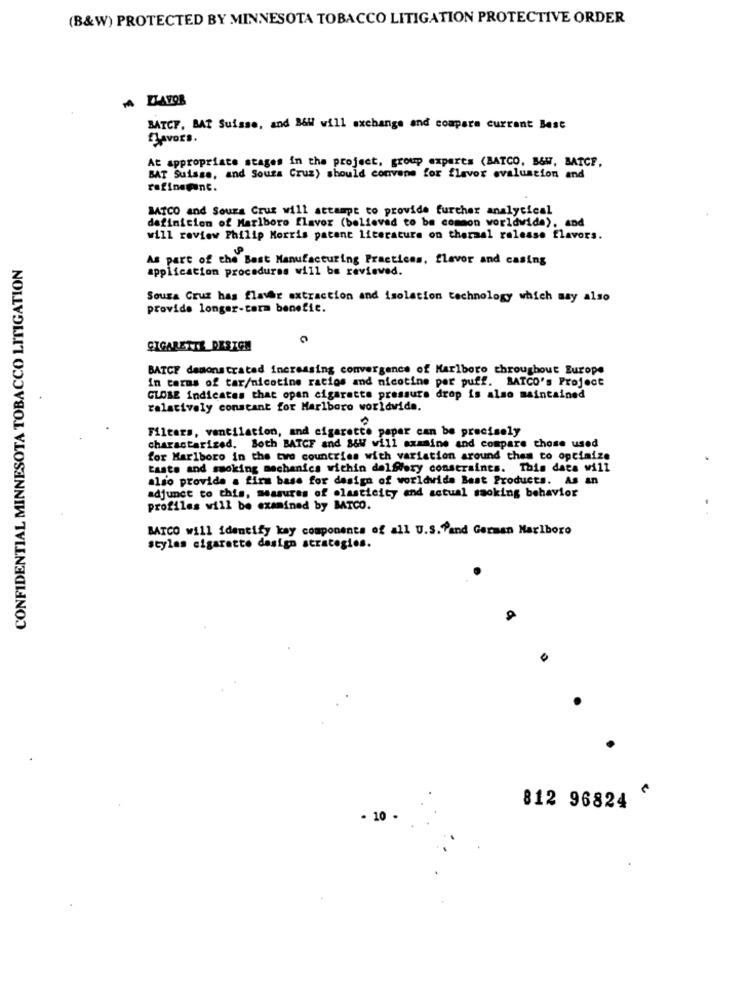
(B&W) PROTECTED BY MINNESOTA TOBACCO LITIGATION PROTECTIVE ORDER
MA LLAVOR
BATCF. BAT Suisse, and B&W will exchange and compare current Base
Favors.
At appropriate stages in the project, group experts (BATCO, B&W, BATCE,
BAT Suisse, and Souza Cruz) should convene for flavor evaluation and
refinepenc.
MAICO and Sours Cruz will attempt to provide further analytical
definition of Marlboro flavor (believed to be common worldwide), and
will review Philip Morris patent literature on thermal release flavors.
CONFIDENTIAL MINNESOTA TOBACCO LITIGATION
As part of the Best Manufacturing Practices, flavor and casing
application procedures will be reviewed.
Sousa Cruz has flavor extraction and isolation technology which may also
provide longer-term benefic.
CIGARETTE DESIGN
BATCE demonstrated increasing convergence of Marlboro throughout Europe
In terms of tar/nicotine ratios and nicotine per puff. RATCO's Project
GLOBE indicates that open cigarette pressure drop is also maintained
relatively constant for Marlboro worldwide.
Filters, ventilation, and cigarette paper can be precisely
characterized, Both BATCF and S&W will axmaine and compare those used
for Marlboro in the two countries with variation around them to optimize
taste and smoking mechanics within delfiery constraints. This data will
also provide a firm base for design of worldwide Best Products. As an
adjunct to this, measures of elasticity and actual smoking behavior
profiles will be examined by MTCO.
BATCO will identify kay components of all U.S.Pand German Marlboro
styles cigarette design strategies.
812 96824
10 .